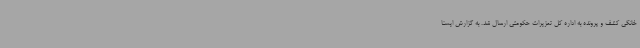
خانگی کشف و پرونده به اداره کل تعزیرات حکومتی ارسال شد. به گزارش ایسنا